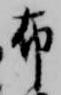
布